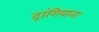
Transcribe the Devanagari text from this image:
द्रांगियाना